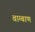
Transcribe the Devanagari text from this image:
वाग्बाण